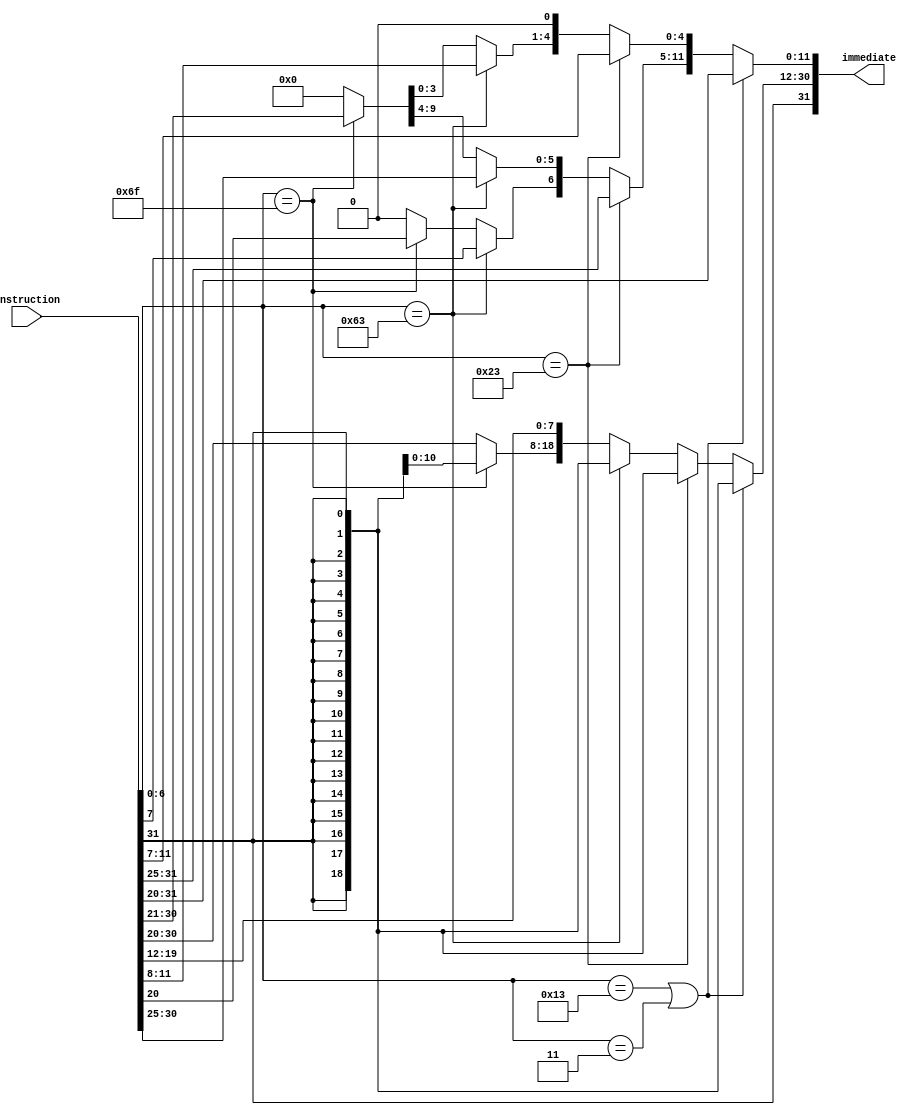
module imm_gen(instruction, immediate);
input [31:0] instruction;
output reg [31:0] immediate;

always @ (instruction)
begin
	//I-Type and Load
	if (instruction [6:0] == 7'b0010011 || instruction [6:0] == 7'b0000011)
	begin
	immediate [11:0] = instruction[31:20];
	immediate [31:12] = {20{instruction[31]}};
	end
	// (S-Type) Store
	else 	if (instruction [6:0] == 7'b0100011)
	begin
	immediate [4:0] = instruction[11:7];
	immediate [11:5] = instruction[31:25];
	immediate [31:12] = {20{instruction[31]}};
	end
	
	// (SB-Type)Condition Branch
	else 	if (instruction [6:0] == 7'b1100011)
	begin
	immediate [0] = 1'b0;
	immediate [11] = instruction[7];
	immediate [4:1] = instruction[11:8];
	immediate [10:5] = instruction[30:25];
	immediate [31:12] = {20{instruction[31]}};
	end
	//UJ-Type
	else 	if (instruction [6:0] == 7'b1101111)
	begin
	immediate [0] = 1'b0;
	immediate [19:12] = instruction[19:12];
	immediate [11] = instruction[20];
	immediate [10:1] = instruction[30:21];
	immediate [31:20] = {12{instruction[31]}};
	end
	//U-Type
	else
	begin
	immediate [31:12] = instruction[31:12];
	immediate [11:0] = 0;
	end
	
	
end


endmodule